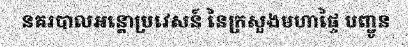
នគរបាលអន្តោប្រវេសន៍ នៃក្រសួងមហាផ្ទៃ បញ្ជូន